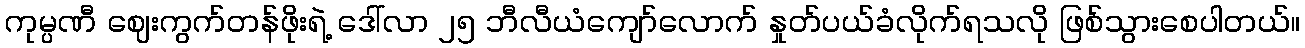
ကုမ္ပဏီ ဈေးကွက်တန်ဖိုးရဲ့ ဒေါ်လာ ၂၅ ဘီလီယံကျော်လောက် နှုတ်ပယ်ခံလိုက်ရသလို ဖြစ်သွားစေပါတယ်။